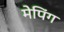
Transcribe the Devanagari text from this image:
मेपिंग